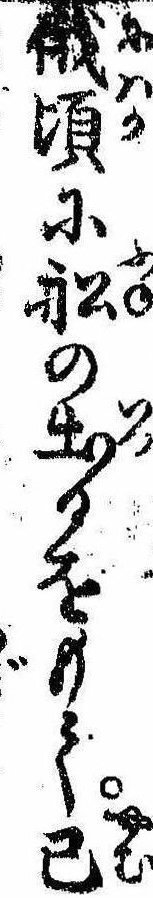
俄頃に船の出るをもて已